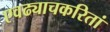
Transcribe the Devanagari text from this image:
एवढ्याचकरितां